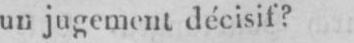
un jugement décisif?